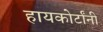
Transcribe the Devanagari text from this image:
हायकोर्टांनी